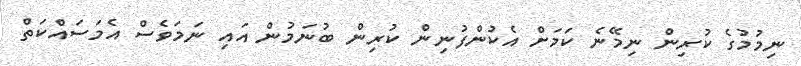
ނިމުމުގެ ކުރިން ނިމޭނެ ކަމަށް އެކުންފުނިން ކުރިން ބުނަމުން އައި ނަމަވެސް އެމަސައްކަތް